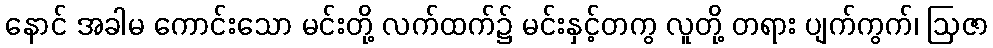
နောင် အခါမ ကောင်းသော မင်းတို့ လက်ထက်၌ မင်းနှင့်တကွ လူတို့ တရား ပျက်ကွက်၊ ဩဇာ